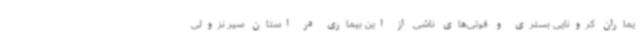
یماران کرونایی بستری و فوتی‌های ناشی از این بیماری در استان سیر نزولی